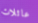
عائلات